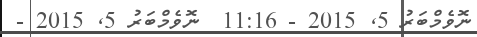
ނޮވެމްބަރު 5